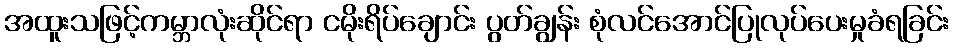
အထူးသဖြင့်ကမ္ဘာလုံးဆိုင်ရာ ငမိုးရိပ်ချောင်း ပွတ်ချွန်း စုံလင်အောင်ပြုလုပ်ပေးမှုခံရခြင်း